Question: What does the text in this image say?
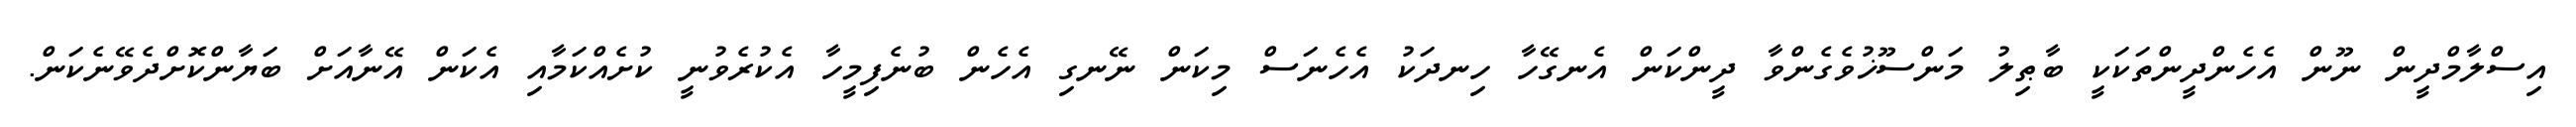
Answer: އިސްލާމްދީން ނޫން އެހެންދީންތަކަކީ ބާޠިލު މަންސޫޚުވެގެންވާ ދީންކަން އެނގޭހާ ހިނދަކު އެހެނަސް މިކަން ނޭނގި އެހެން ބުނެފިމީހާ އެކުރެވުނީ ކުށެއްކަމާއި އެކަން އޭނާއަށް ބަޔާންކޮށްދެވޭނެކަން.